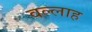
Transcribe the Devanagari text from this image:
वल्लाह